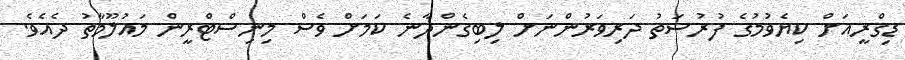
ޑިގްރީއަށް ކިޔެވުމުގެ ފުރުސަތު ދަރިވަރުންނަށް ލިބިގެންދާނެ ކަމަށް ވެސް މިނިސްޓްރީން މައުލޫމާތު ދެއެވެ.